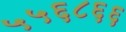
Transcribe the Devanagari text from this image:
५५६८६६